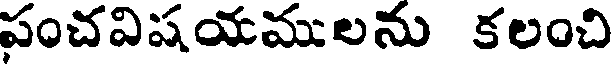
పంచవిషయములను కలంచి